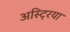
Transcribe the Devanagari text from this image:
अस्ट्रिया